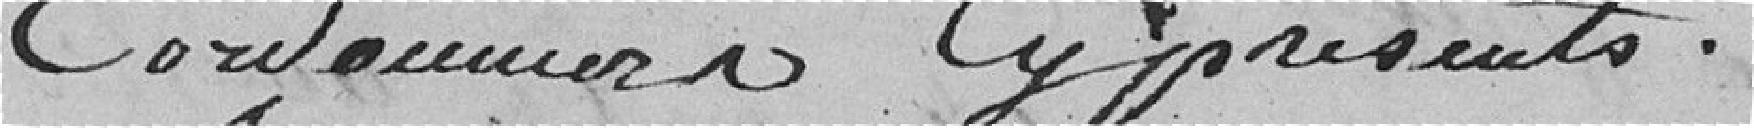
Cordonniers Cy présents .